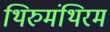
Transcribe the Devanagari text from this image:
थिरुमंथिरम